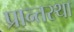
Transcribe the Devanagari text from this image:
प्रान्तस्था